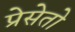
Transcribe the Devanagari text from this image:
प्रेसेतो